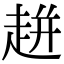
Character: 𧻓